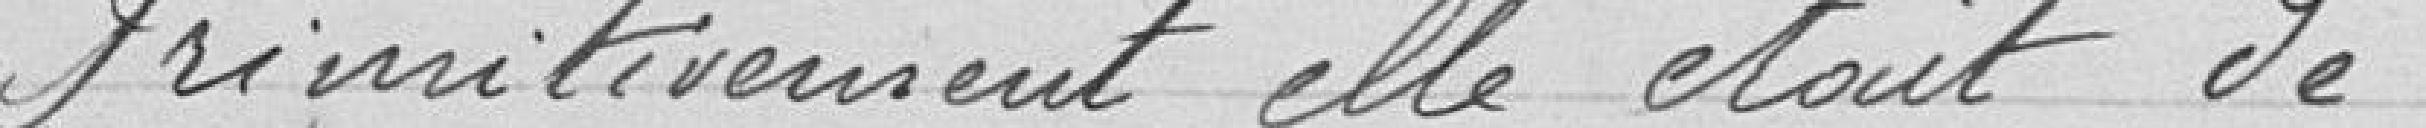
Primitivement elle était de